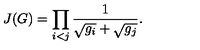
J ( G ) = \prod _ { i < j } \frac { 1 } { \sqrt { \vphantom { g _ { j } } g _ { i } } + \sqrt { g _ { j } } } .